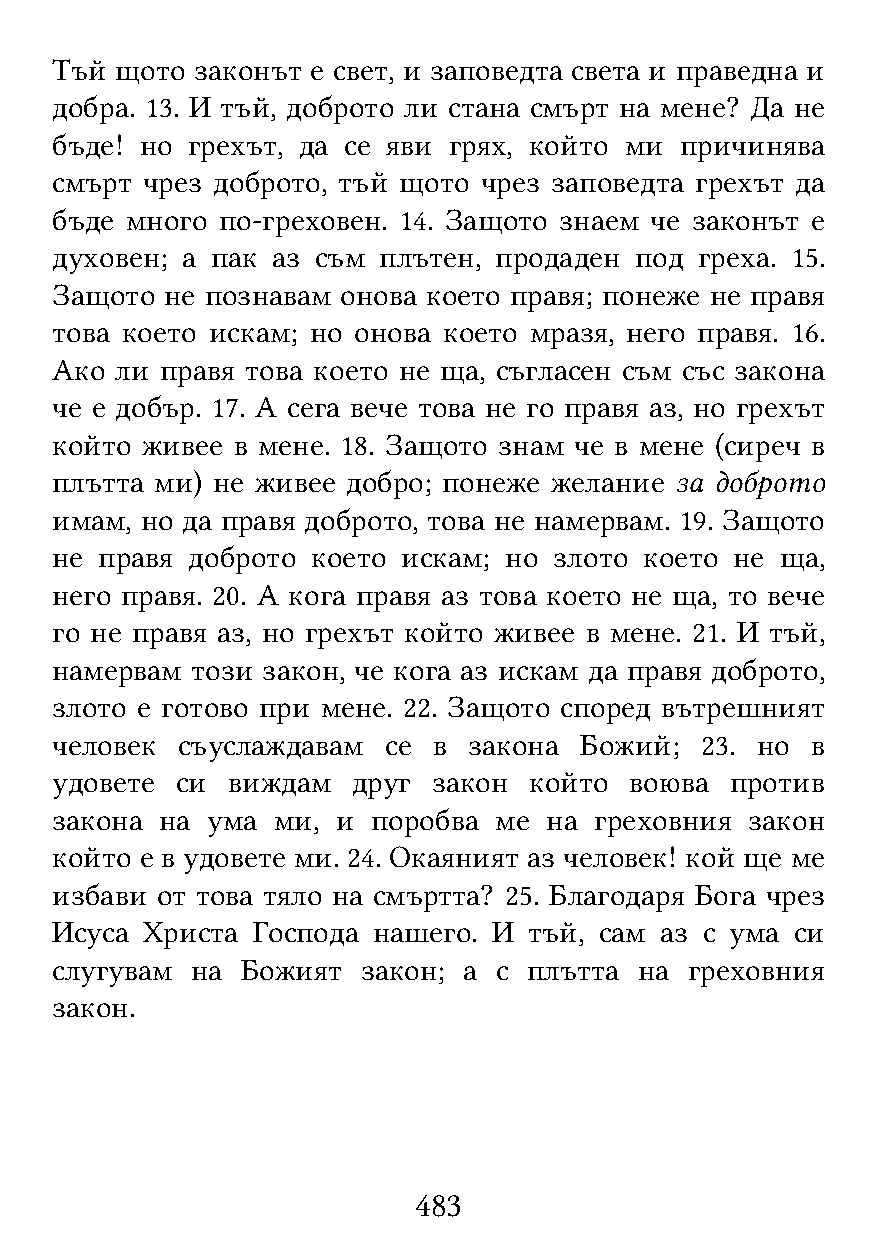
Тъй  щото законът е свет, и заповедта света и праведна и
 добра. 13. И тъй, доброто ли стана смърт на мене? Да не
 бъде! но грехът, да се яви грях, който ми причинява
 смърт чрез доброто, тъй щото чрез заповедта грехът да
 бъде много по-греховен. 14. Защото знаем че законът е
 духовен; а пак аз съм плътен, продаден под греха. 15.
 Защото  не познавам онова което правя; понеже не правя
 това което искам; но онова което мразя, него правя. 16.
 Ако  ли правя това което не ща, съгласен съм със закона
 че е добър. 17. А сега вече това не го правя аз, но грехът
 който живее в мене. 18. Защото знам че в мене (сиреч в
 плътта ми) не живее добро; понеже желание за доброто
 имам, но да правя доброто, това не намервам. 19. Защото
 не  правя доброто което искам; но злото което не ща,
 него правя. 20. А кога правя аз това което не ща, то вече
 го не правя аз, но грехът който живее в мене. 21. И тъй,
 намервам  този закон, че кога аз искам да правя доброто,
 злото е готово при мене. 22. Защото според вътрешният
 человек  съуслаждавам се  в закона Божий;  23. но  в
 удовете  си виждам  друг  закон който  воюва против
 закона  на ума ми, и  поробва ме на греховния  закон
 който е в удовете ми. 24. Окаяният аз человек! кой ще ме
 избави от това тяло на смъртта? 25. Благодаря Бога чрез
 Исуса Христа  Господа нашего. И тъй, сам аз с ума си
 слугувам  на Божият  закон; а с плътта на  греховния
 закон.
 483